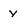
Character: y